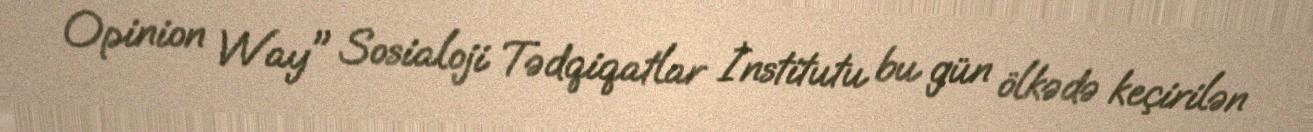
Opinion Way" Sosialoji Tədqiqatlar İnstitutu bu gün ölkədə keçirilən